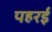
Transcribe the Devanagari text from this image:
पहरई